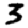
Digit: 3